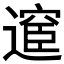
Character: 𮟇